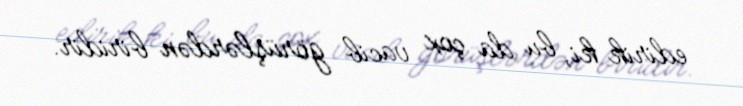
edirik ki, bu da çox vacib görüşlərdən biridir.